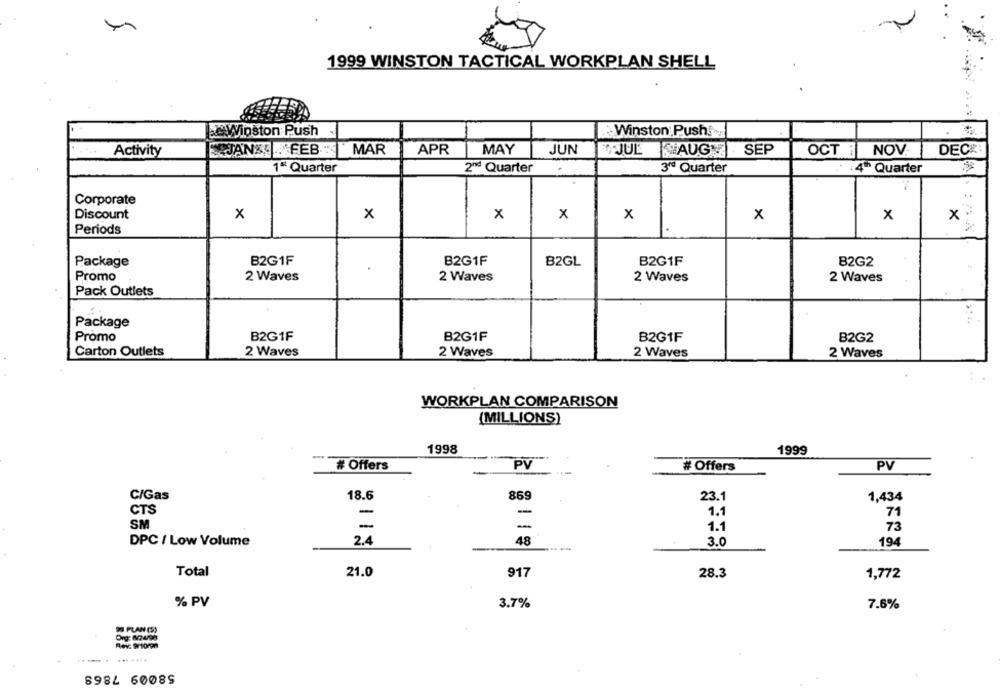
1999 WINSTON TACTICAL WORKPLAN SHELL
Winston Push
. 9
Winston Push
Activity
JAN FEB : MAR
APR
MAY
JUN
JUL AUG
SEP
OCT NOV.
DECE
1" Quarter
2ª Quarter
3ºª Quarter
: 4" Quarter
..
Corporate
Discount
x
x
x
x
x
x
x
x
Periods
Package
B2G1F
B2G1F
BZGL
B2G1F
B2G2
.
Promo
2 Waves
2 Waves
2 Waves
2 Waves
Pack Outlets
Package
Promo
B2G1F
B2G1F
B2G1F
B2G2
Carton Outlets
2 Waves
2 Waves
2 Waves
2 Waves
WORKPLAN COMPARISON
(MILLIONS)
1998
1999
# Offers
PV
# Offers
PV
C/Gas
18.6
869
23.1
1,434
CTS
--
1.1
71
SM
-
1.1
73
2.4
48
DPC / Low Volume
3.0
194
Total
21.0
917
28.3
1,772
% PV
3.7%
7.6%
9 PLAN (S)
Org: 82498
Rev. Prioren
58009 7868